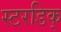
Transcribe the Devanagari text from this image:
स्टरडिक्